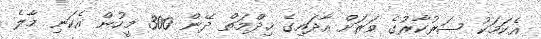
އެކަމަކު ސަރުކާރުގެ ވަރަށް އާދައިގެ ޚިދްމަތް ދޭން 300 މީހުން އެކަނި މާލެ